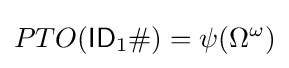
PTO({\mathsf {ID}}_{1}\#)=\psi (\Omega ^{\omega })